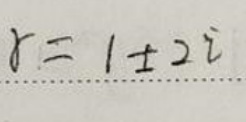
$r = 1 + 2 i$